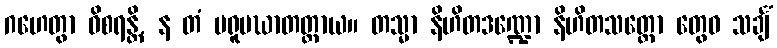
ဂဟေတွာ ဝိစရန္တိ, န တံ ပရူပဃာတတ္ထာယ။ တသ္မာ နိဟိတဒဏ္ဍော နိဟိတသတ္ထော တွေဝ သင်္ချံ